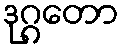
ဒုဂ္ဂတော